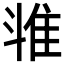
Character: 𱁉